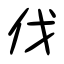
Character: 伐